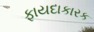
ફાયદાકારક